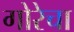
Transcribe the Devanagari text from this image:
गोरेचा